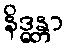
နိဒ္ဓန္တာ